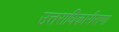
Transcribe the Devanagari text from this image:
उत्तराधिकारीराणा